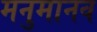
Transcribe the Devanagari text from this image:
मनुमानव